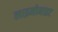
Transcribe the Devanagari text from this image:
लाइमोनाइट